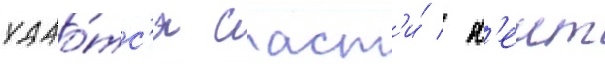
удао́тс'я спаст'и́ / к'еит